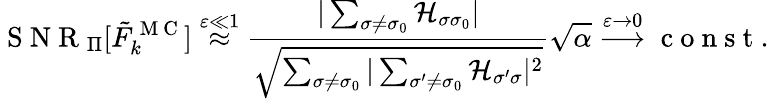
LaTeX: \mathrm{~S~N~R~}_{\Pi}[\tilde{F}_{k}^{\mathrm{~M~C~}}]\stackrel{\varepsilon\ll 1}{\approx}\frac{|\sum_{\sigma\neq\sigma_{0}}\mathcal{H}_{\sigma\sigma_{0}}|}{\sqrt{\sum_{\sigma\neq\sigma_{0}}|\sum_{\sigma^{\prime}\neq\sigma_{0}}\mathcal{H}_{\sigma^{\prime}\sigma}|^{2}}}\sqrt{\alpha}\stackrel{\varepsilon\rightarrow 0}{\longrightarrow}\mathrm{~c~o~n~s~t~.~}